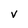
Character: V